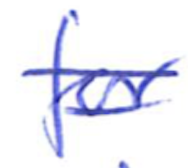
Text: for
Cross-out: double-line
Writing tool: ballpoint